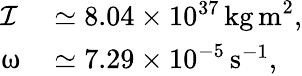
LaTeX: \begin{array}{rl}{\mathcal{I}}&{{}\simeq 8.04\times 10^{37}\, \mathrm{kg\, m}^{2},}\\ {\upomega}&{{}\simeq 7.29\times 10^{-5}\, \mathrm{s}^{-1},}\end{array}